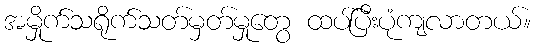
အမှိုက်သရိုက်သတ်မှတ်မှုတွေ ထပ်ပြီးပုံကျလာတယ်။